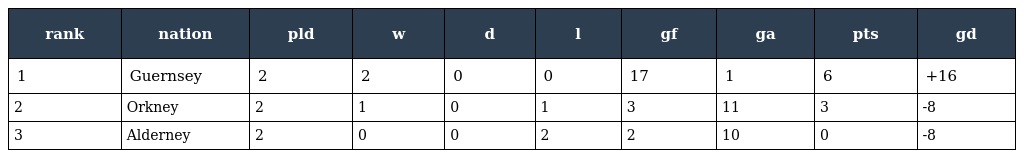
| rank | nation | pld | w | d | l | gf | ga | pts | gd |
 | --- | --- | --- | --- | --- | --- | --- | --- | --- | --- |
 | 1 | Guernsey | 2 | 2 | 0 | 0 | 17 | 1 | 6 | +16 |
 | 2 | Orkney | 2 | 1 | 0 | 1 | 3 | 11 | 3 | -8 |
 | 3 | Alderney | 2 | 0 | 0 | 2 | 2 | 10 | 0 | -8 |